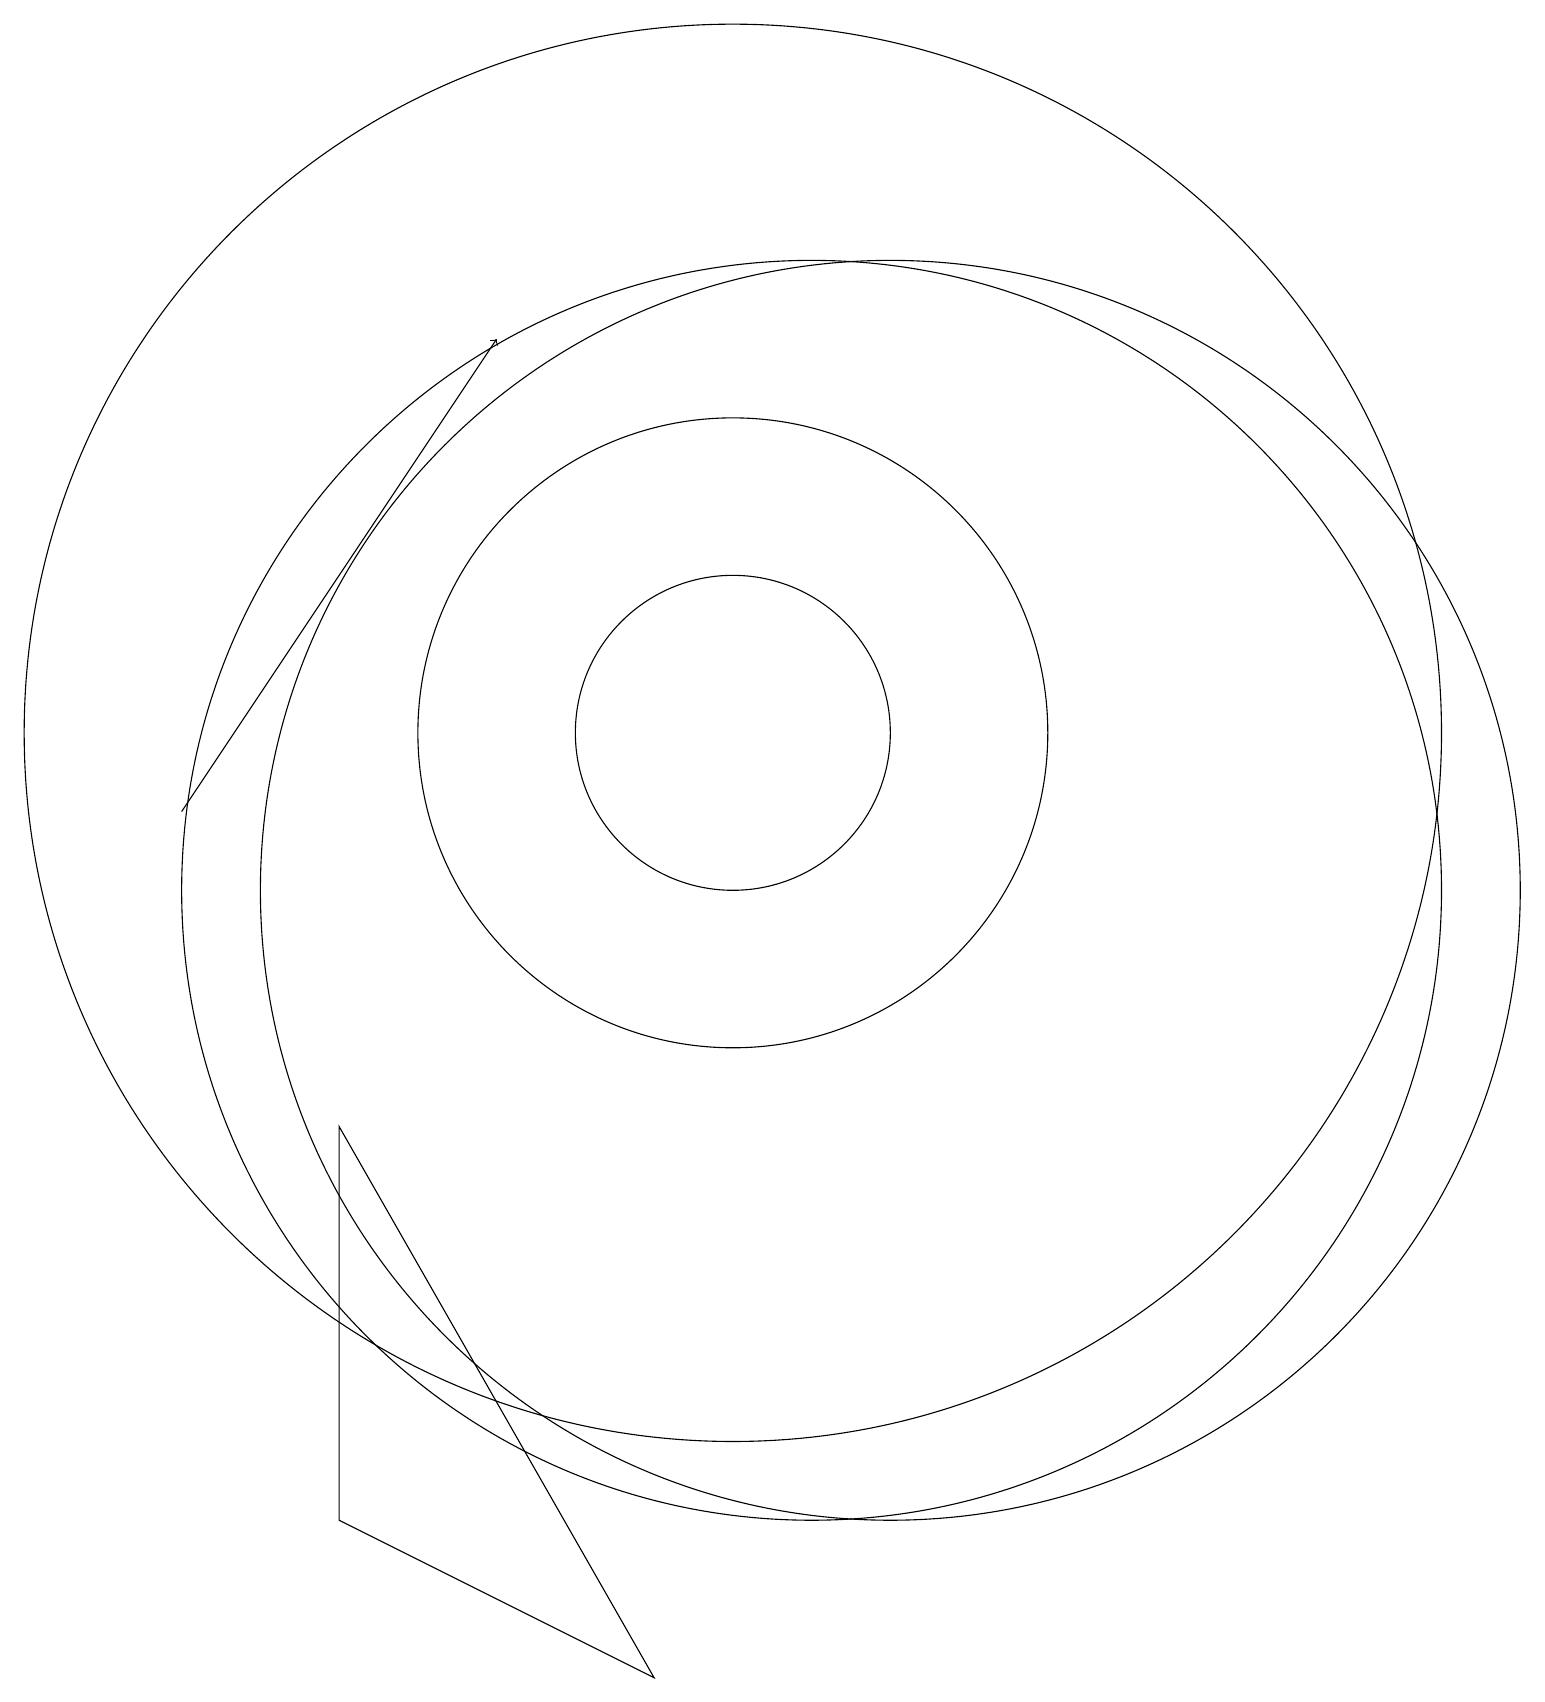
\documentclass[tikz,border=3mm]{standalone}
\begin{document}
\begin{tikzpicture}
\draw (11,10) circle (8);
\draw (10,12) circle (4);
\draw (10,12) circle (9);
\draw (12,10) circle (8);
\draw (10,12) circle (2);
\draw (5,7) -- (9,0) -- (5,2) -- cycle;
\draw[->] (3,11) -- (7,17);
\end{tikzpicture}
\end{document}